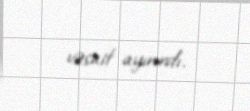
vəsait ayırırdı.